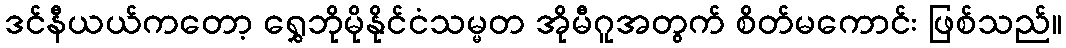
ဒင်နီယယ်ကတော့ ရွှေဘိုမိုနိုင်ငံသမ္မတ အိုမီဂူအတွက် စိတ်မကောင်း ဖြစ်သည်။